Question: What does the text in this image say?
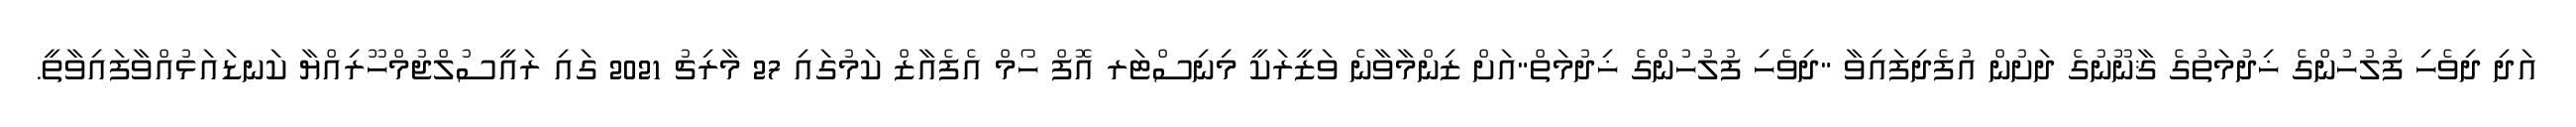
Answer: އަދި ދިވެހި ފުލުހުންގެ ޚިދުމަތުގެ ޤާނޫނުގެ ދަށުން އުފެދިފައިވާ "ދިވެހި ފުލުހުންގެ ޚިދުމަތް"އަށް ޒިންމާވާނެ ވަޒީރަކީ މިނިސްޓަރ އޮފް ހޯމް އެފެއާޒް ކަމުގައި 27 މާރިޗު 2021 ގައި ރައީސުލްޖުމްހޫރިއްޔާ ކަނޑައަޅުއްވާފައިވާތީ.